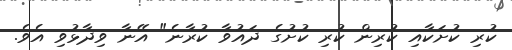
ކުރި ކުށަކާއި ކުރިން ކުރި ކުށުގެ ދައުވާ ކުރާނެ" އޭނާ ވިދާޅުވި އެވެ.